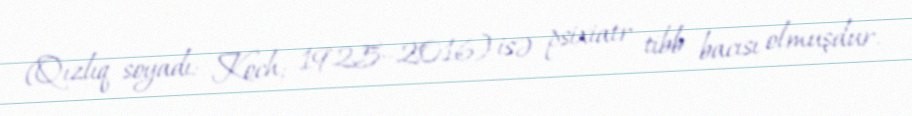
(Qızlıq soyadı: Koch; 1925–2016) isə psixiatr tibb bacısı olmuşdur.